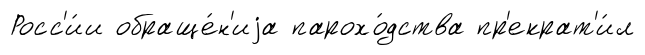
Росс'и́и обраще́н'иjа парохо́дства пр'екрат'и́л